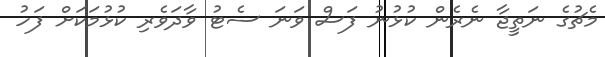
މެޗުގެ ނަތީޖާ ނެރެން ކުޅުނު ފަސް ވަނަ ސެޓު ވާދަވެރި ކުޅުމަކަށް ފަހު